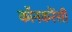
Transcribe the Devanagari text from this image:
कॉनकरेंसी